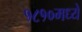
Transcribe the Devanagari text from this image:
१८१०मध्ये